Report on vaccination in Madras 1895-1903 - 1895-1903
Year: 1895
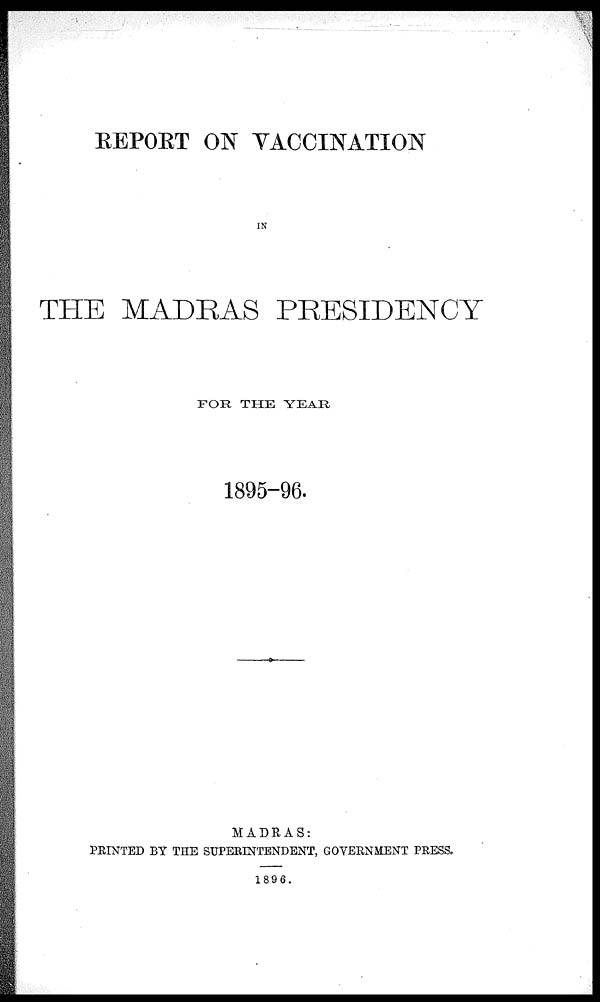
REPORT ON VACCINATION
IN
THE MADRAS PRESIDENCY
FOR THE YEAR
1895-96.
MADRAS:
PRINTED BY THE SUPERINTENDENT, GOVERNMENT PRESS.
1896.